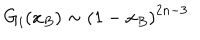
LaTeX: G _ { i } ( x _ { B } ) \sim \left( 1 - x _ { B } \right) ^ { 2 n - 3 }